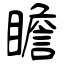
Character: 瞻